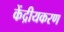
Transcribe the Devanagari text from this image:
केंद्रीयकरण